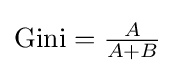
{\text{Gini}}={\tfrac {A}{A+B}}